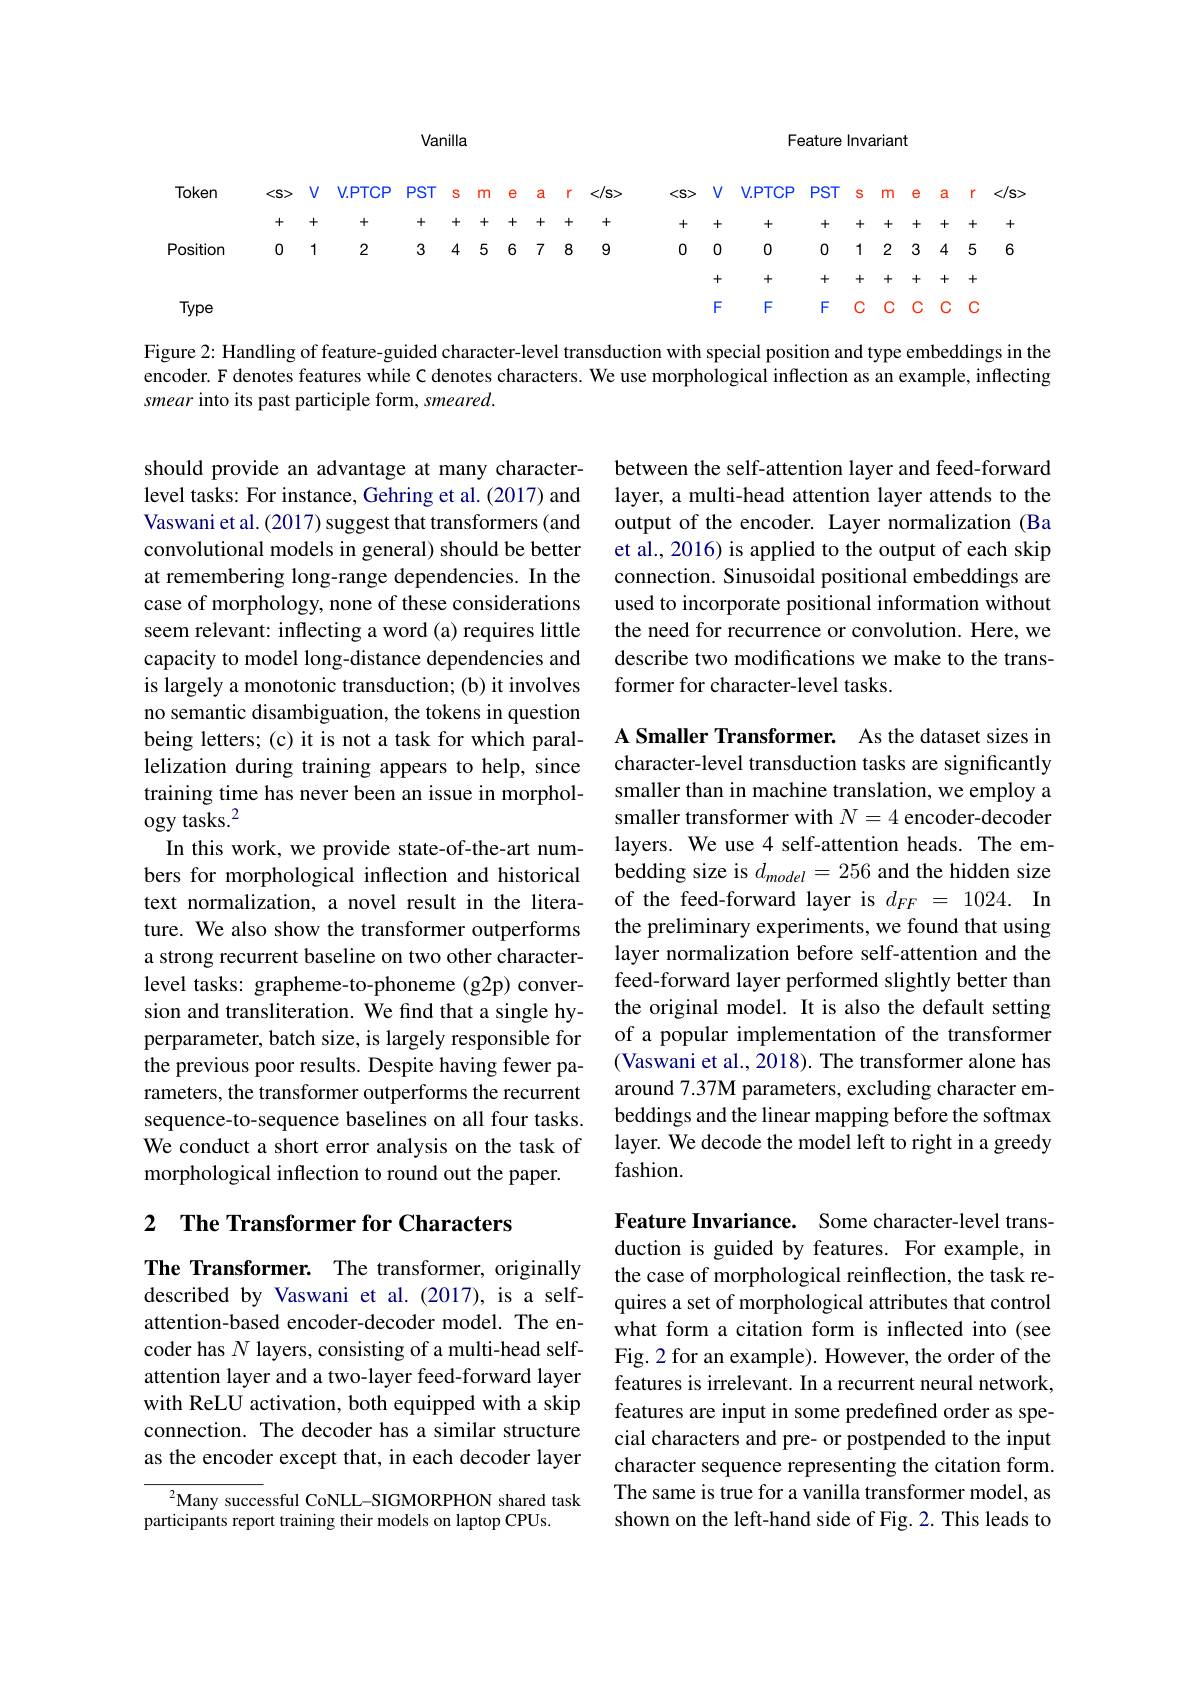
Feature Invariant

Vanilla

Token < s> V V. PPCP PST s m e a r < / s> cs> V V. PTCP PST s m e a r< / s Position 0 1 2 3 4 5 6 7 8 9 0 0 0 0 1 2 3 4 5 6 Type

Figure 2: Handling of feature-guided character-level transduction with special position and type embeddings in the encoder. F denotes features while C denotes characters. We use morphological inflection as an example, inflecting smear into its past participle form, smeared.

between the self-attention layer and feed-forward layer, a multi-head attention layer attends to the output of the encoder. Layer normalization (Ba et al., 2016) is applied to the output of each skip connection. Sinusoidal positional embeddings are used to incorporate positional information without the need for recurrence or convolution. Here, we describe two modifications we make to the transformer for character-level tasks.

should provide an advantage at many characterlevel tasks: For instance, Gehring et al. (2017) and Vaswani et al. (2017) suggest that transformers (and convolutional models in general) should be better at remembering long-range dependencies. In the case of morphology, none of these considerations seem relevant: inflecting a word (a) requires little capacity to model long-distance dependencies and is largely a monotonic transduction; (b) it involves no semantic disambiguation, the tokens in question being letters; (c) it is not a task for which parallelization during training appears to help, since training time has never been an issue in morphology tasks.$^2$
In this work, we provide state-of-the-art numbers for morphological inflection and historical text normalization, a novel result in the literature. We also show the transformer outperforms a strong recurrent baseline on two other characterlevel tasks: grapheme-to-phoneme (g2p) conversion and transliteration. We find that a single hyperparameter, batch size, is largely responsible for the previous poor results. Despite having fewer parameters, the transformer outperforms the recurrent sequence-to-sequence baselines on all four tasks. We conduct a short error analysis on the task of morphological inflection to round out the paper.

A Smaller Transformer. As the dataset sizes in character-level transduction tasks are significantly smaller than in machine translation, we employ a smaller transformer with $N=4$ encoder-decoder layers. We use 4 self-attention heads. The embedding size is $d_{model}=256$ and the hidden size of the feed-forward layer is $d_{FF}=1024.$ In the preliminary experiments, we found that using layer normalization before self-attention and the feed-forward layer performed slightly better than the original model. It is also the default setting of a popular implementation of the transformer (Vaswani et al., 2018). The transformer alone has around 7.37M parameters, excluding character embeddings and the linear mapping before the softmax layer. We decode the model left to right in a greedy fashion.

# 2 The Transformer for Characters

The Transformer. The transformer, originally described by Vaswani et al.(2017), is a selfattention-based encoder-decoder model. The encoder has $N$ layers, consisting of a multi-head selfattention layer and a two-layer feed-forward layer with ReLU activation, both equipped with a skip connection. The decoder has a similar structure as the encoder except that, in each decoder layer

Feature Invariance. Some character-level transduction is guided by features. For example, in the case of morphological reinflection, the task requires a set of morphological attributes that control what form a citation form is inflected into (see Fig.2 for an example). However, the order of the features is irrelevant. In a recurrent neural network, features are input in some predefined order as special characters and pre- or postpended to the input character sequence representing the citation form. The same is true for a vanilla transformer model, as shown on the left-hand side of Fig. 2. This leads to

$^{2}$Many successful CoNLL-SIGMORPHON shared task
participants report training their models on laptop CPUs.